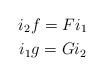
LaTeX: \begin{gather*}i_2 f = F i_1 \\ i_1 g = G i_2 \end{gather*}